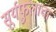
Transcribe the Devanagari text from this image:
सूर्यफुलाचा